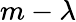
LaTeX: m-\lambda